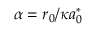
\alpha = r _ { 0 } / \kappa a _ { 0 } ^ { * }